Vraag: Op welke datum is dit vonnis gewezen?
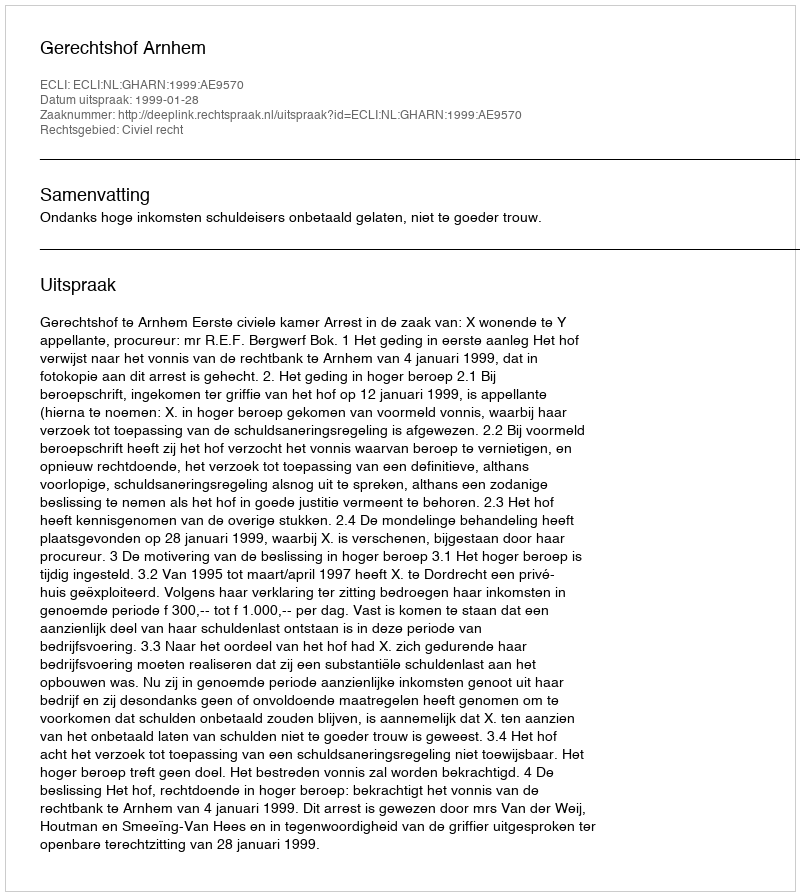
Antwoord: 1999-01-28